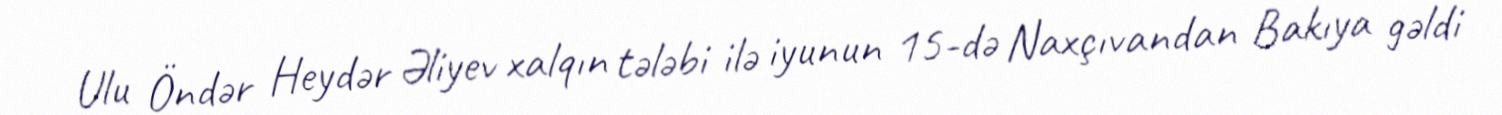
Ulu Öndər Heydər Əliyev xalqın tələbi ilə iyunun 15-də Naxçıvandan Bakıya gəldi